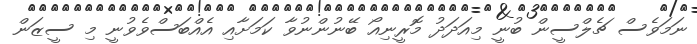
ނަމަވެސް ޗެލްސީން ބުނީ މިއަދަދު މޮރީނިއޯ ބޭނުންނުވާ ކަމަށާއި އެއްބަސްވެވުނީ މި ސީޒަން